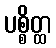
ပစ္စိတ္ထ